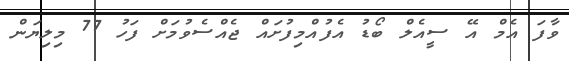
ވާފަ އެމް އޭ ސީއެލް ބޯޑު އެފުއްމިފުށައް ޖެއްސެވުމަށް ފަހު 77 މިލިޔަން